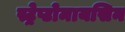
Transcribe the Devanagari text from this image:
स्ट्रेप्टोमायसिन